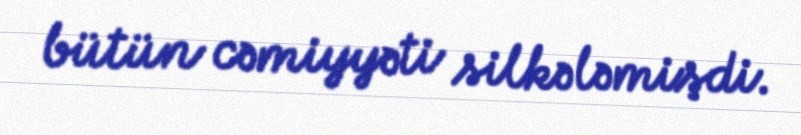
bütün cəmiyyəti silkələmişdi.